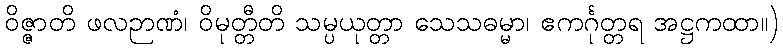
ဝိဇ္ဇာတိ ဖလဉာဏံ၊ ဝိမုတ္တီတိ သမ္ပယုတ္တာ သေသဓမ္မာ၊ ဧကင်္ဂုတ္တရ အဋ္ဌကထာ။)